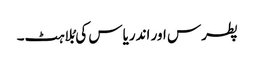
پطرس اور اندریاس کی بُلاہٹ۔